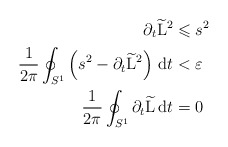
\begin{align*}\partial_t \widetilde{\mathrm L}^2 & \leqslant s^2\\\frac{1}{2\pi}\oint_{S^1}\left(s^2-\partial_t \widetilde {\mathrm L}^2\right)\,\mathrm dt & <\varepsilon\\\frac{1}{2\pi}\oint_{S^1}\partial_t\widetilde {\mathrm L}\,\mathrm dt & = 0\end{align*}